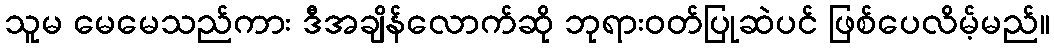
သူမ မေမေသည်ကား ဒီအချိန်လောက်ဆို ဘုရားဝတ်ပြုဆဲပင် ဖြစ်ပေလိမ့်မည်။